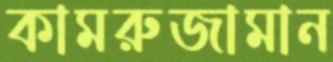
কামরুজামান